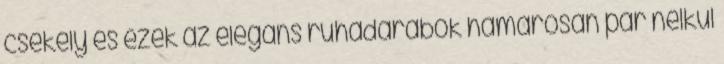
csekély és ezek az elegáns ruhadarabok hamarosan pár nélkül